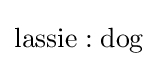
{\text{lassie}}:{\text{dog}}